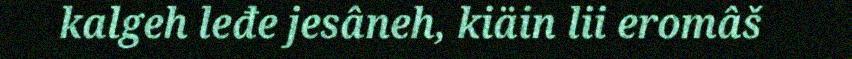
kalgeh leđe jesâneh, kiäin lii eromâš